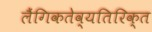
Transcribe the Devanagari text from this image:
लैंगिकतेव्यतिरिक्त